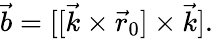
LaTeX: \begin{array}{r}{{\vec{b}}=[[{\vec{k}}\times{\vec{r}}_{0}]\times{\vec{k}}].}\end{array}